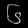
Digit: ၆